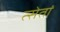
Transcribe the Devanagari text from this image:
त्सेतां